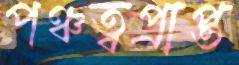
পঞ্চত্বপ্রাপ্ত